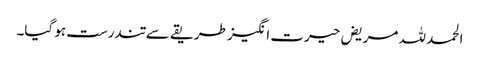
الحمد للہ مریض حیرت انگیز طریقے سے تندرست ہو گیا۔